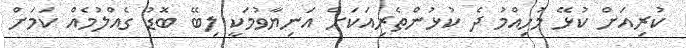
ކުރިއަށް ކުޅޭ މުހިއްމު ދެ ކުޅުންތެރިއަކަށް އަނިޔާވުމަކީ ލިބޭ ބޮޑު ގެއްލުމެއް ކަމަށް